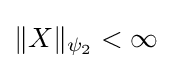
\|X\|_{\psi _{2}}<\infty